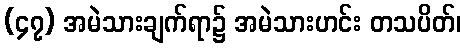
(၄၇) အမဲသားချက်ရာ၌ အမဲသားဟင်း တသပိတ်၊